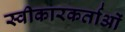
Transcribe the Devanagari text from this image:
स्वीकारकर्ताओं